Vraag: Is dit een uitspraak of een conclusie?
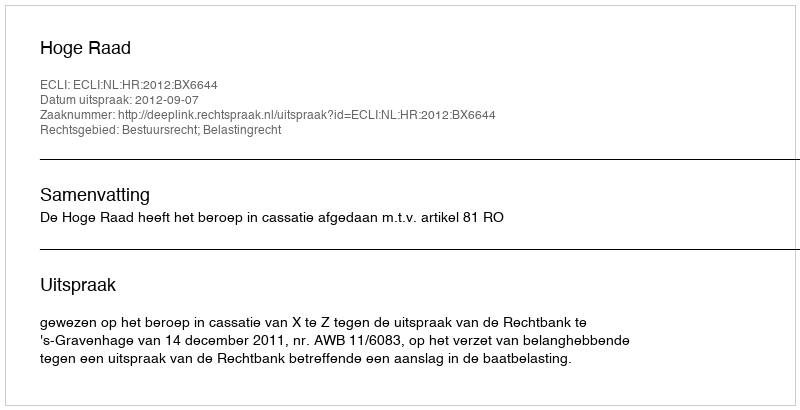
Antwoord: Uitspraak